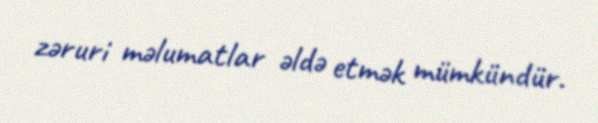
zəruri məlumatlar əldə etmək mümkündür.